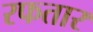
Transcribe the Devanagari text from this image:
रफतार